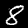
Digit: 8